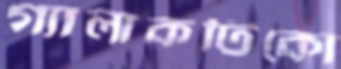
গ্যালাকটিকো